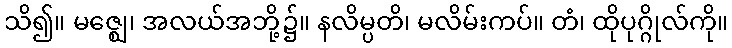
သိ၍။ မဇ္ဈေ၊ အလယ်အဘို့၌။ နလိမ္ပတိ၊ မလိမ်းကပ်။ တံ၊ ထိုပုဂ္ဂိုလ်ကို။